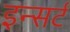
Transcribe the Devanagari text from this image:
इन्सर्ट